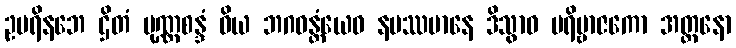
ဥပရိနဘေ ဌိတံ ပုဏ္ဏစန္ဒံ ဝိယ ဘဂဝန္တံယေဝ နမဿမာနေ ဒိသွာဝ ပရိဗ္ဗာဇကော အတ္တနော